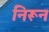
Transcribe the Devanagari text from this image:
निरून